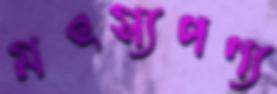
মৎস্যপণ্য